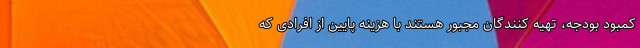
کمبود بودجه، تهیه کنندگان مجبور هستند با هزینه پایین از افرادی که